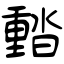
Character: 濌